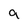
Character: a